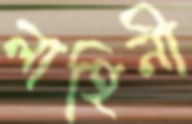
লাহিনী